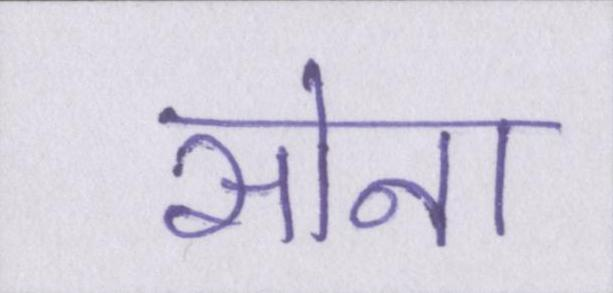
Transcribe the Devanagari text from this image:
सोना